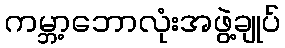
ကမ္ဘာ့ဘောလုံးအဖွဲ့ချုပ်